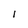
Character: l